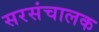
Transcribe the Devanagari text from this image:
सरसंचालक